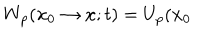
LaTeX: W _ { p } ( \mathbf { x } _ { 0 } \rightarrow \mathbf { x } ; t ) = U _ { p } ( \mathbf { x } _ { 0 }